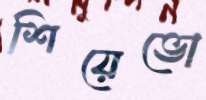
শিয়েভো